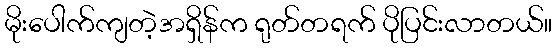
မိုးပေါက်ကျတဲ့အရှိန်က ရုတ်တရက် ပိုပြင်းလာတယ်။